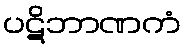
ပဋိဘာဏကံ